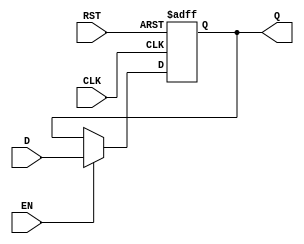
module ForwardingRegister (
    input wire [31:0] D,      // Current Data Input
    input wire EN,            // Forward Enable Signal
    input wire CLK,           // Clock Signal
    input wire RST,           // Reset Signal
    output reg [31:0] Q       // Forwarded Data Output
);

// Asynchronous reset logic
always @(posedge CLK or posedge RST) begin
    if (RST) begin
        Q <= 32'b0;           // Clear the register to zero on reset
    end else if (EN) begin
        Q <= D;               // Capture the current data input when enabled
    end
    // If EN is low, retain the previous value of Q
end

endmodule